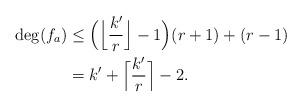
LaTeX: \begin{align*} \deg(f_a)&\le \Big(\Big\lfloor \frac{k'}{r}\Big\rfloor -1 \Big)(r+1) + (r-1) \\&= k' + \Big\lceil \frac{k'}{r}\Big\rceil -2. \end{align*}